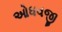
ઓધવજી